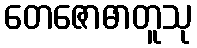
တေဇောဓာတူသု